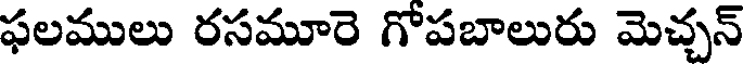
ఫలములు రసమూరె గోపబాలురు మెచ్చన్